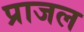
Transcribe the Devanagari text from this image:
प्राजल